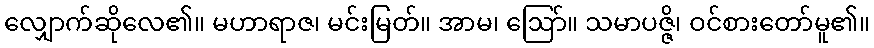
လျှောက်ဆိုလေ၏။ မဟာရာဇ၊ မင်းမြတ်။ အာမ၊ ဩော်။ သမာပဇ္ဇိ၊ ဝင်စားတော်မူ၏။